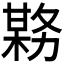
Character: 𫯊